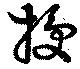
授